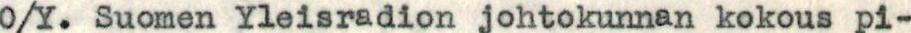
O/Y. Suomen Yleisradion johtokunnan kokous pi-